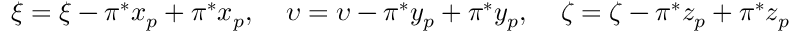
\xi = \xi - \pi ^ { * } x _ { p } + \pi ^ { * } x _ { p } , \: \: \: \: \: \upsilon = \upsilon - \pi ^ { * } y _ { p } + \pi ^ { * } y _ { p } , \: \: \: \: \: \zeta = \zeta - \pi ^ { * } z _ { p } + \pi ^ { * } z _ { p }